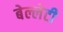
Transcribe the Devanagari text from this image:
बेल्लेटी